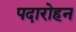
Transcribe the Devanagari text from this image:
पदारोहन